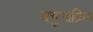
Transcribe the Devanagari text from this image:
क्युनाक्रिन